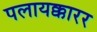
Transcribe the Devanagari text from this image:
पलायक्कारर